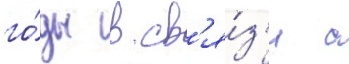
го́ды в св'я́з'и с